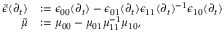
\begin{array} { r l } { \widetilde { \epsilon } ( \partial _ { t } ) } & { \mathrel { \mathop : } = \epsilon _ { 0 0 } ( \partial _ { t } ) - \epsilon _ { 0 1 } ( \partial _ { t } ) \epsilon _ { 1 1 } ( \partial _ { t } ) ^ { - 1 } \epsilon _ { 1 0 } ( \partial _ { t } ) } \\ { \tilde { \mu } } & { \mathrel { \mathop : } = \mu _ { 0 0 } - \mu _ { 0 1 } \mu _ { 1 1 } ^ { - 1 } \mu _ { 1 0 } , } \end{array}